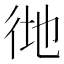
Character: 𢓧